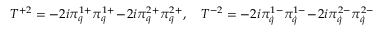
T ^ { + 2 } = - 2 i \pi _ { q } ^ { 1 + } \pi _ { q } ^ { 1 + } \! - \! 2 i \pi _ { q } ^ { 2 + } \pi _ { q } ^ { 2 + } , \quad T ^ { - 2 } = - 2 i \pi _ { \dot { q } } ^ { 1 - } \pi _ { \dot { q } } ^ { 1 - } \! - \! 2 i \pi _ { \dot { q } } ^ { 2 - } \pi _ { \dot { q } } ^ { 2 - }